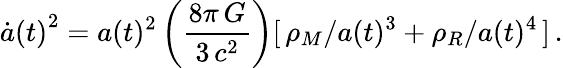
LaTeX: {\dot{a}(t)}^{2}=a(t)^{2}\left(\frac{8\pi\, G}{3\, c^{2}}\right)[\, \rho_{M}/a(t)^{3}+\rho_{R}/a(t)^{4}\, ]\, .